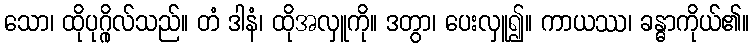
သော၊ ထိုပုဂ္ဂိုလ်သည်။ တံ ဒါနံ၊ ထိုအလှူကို။ ဒတွာ၊ ပေးလှူ၍။ ကာယဿ၊ ခန္ဓာကိုယ်၏။